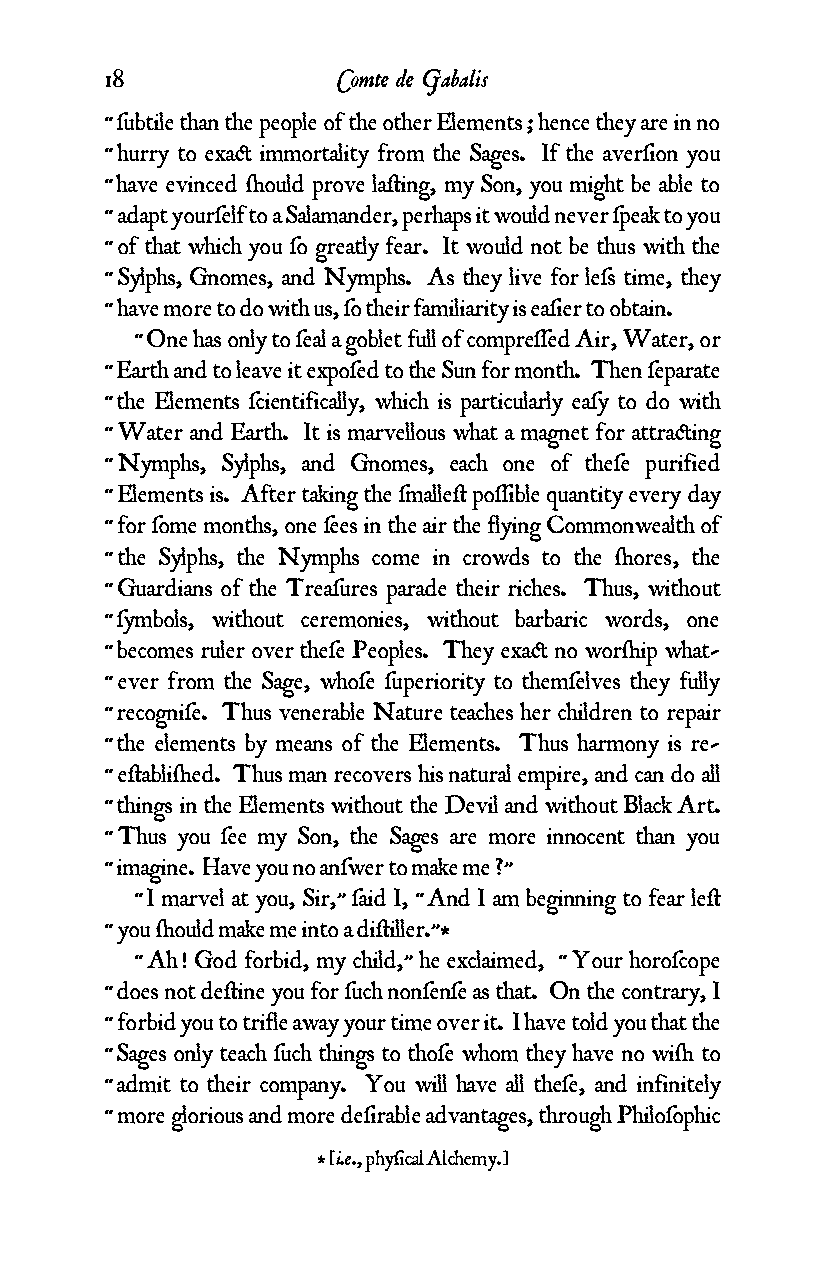
18             Comte de Gabalis
 “ ƒubtile than the people of the other Elements ; hence they are in no
 “ hurry to exa¢ immortality from the Sages. If the averƒion you
 “ have evinced ¬ould prove la¥ing, my Son, you might be able to
 “ adapt yourƒelf to a Salamander, perhaps it would never ƒpeak to you
 “ of that which you ƒo greatly fear. It would not be thus with the
 “ Sylphs, Gnomes, and Nymphs. As they live for leƒs time, they
 “ have more to do with us, ƒo their familiarity is eaƒier to obtain.
 “ One has only to ƒeal a goblet full of compreƒƒed Air, Water, or
 “ Earth and to leave it expoƒed to the Sun for month. Then ƒeparate
 “ the Elements ƒcientifically, which is particularly eaƒy to do with
 “ Water and Earth. It is marvellous what a magnet for attra¢ing
 “ Nymphs, Sylphs, and Gnomes, each one of theƒe purified
 “ Elements is. After taking the ƒmalle¥ poƒƒible quantity every day
 “ for ƒome months, one ƒees in the air the flying Commonwealth of
 “ the Sylphs, the Nymphs come in crowds to the ¬ores, the
 “ Guardians of the Treaƒures parade their riches. Thus, without
 “ ƒymbols, without ceremonies, without barbaric words, one
 “ becomes ruler over theƒe Peoples. They exa¢ no wor¬ip what-
 “ ever from the Sage, whoƒe ƒuperiority to themƒelves they fully
 “ recogniƒe. Thus venerable Nature teaches her children to repair
 “ the elements by means of the Elements. Thus harmony is re-
 “ e¥abli¬ed. Thus man recovers his natural empire, and can do all
 “ things in the Elements without the Devil and without Black Art.
 “ Thus you ƒee my Son, the Sages are more innocent than you
 “ imagine. Have you no anƒwer to make me ?”
 “ I marvel at you, Sir,” ƒaid I, “ And I am beginning to fear le¥
 “ you ¬ould make me into a di¥iller.”*
 “ Ah ! God forbid, my child,” he exclaimed, “ Your horoƒcope
 “ does not de¥ine you for ƒuch nonƒenƒe as that. On the contrary, I
 “ forbid you to trifle away your time over it. I have told you that the
 “ Sages only teach ƒuch things to thoƒe whom they have no wi¬ to
 “ admit to their company. You will have all theƒe, and infinitely
 “ more glorious and more deƒirable advantages, through Philoƒophic
 * [i.e., phyƒical Alchemy.]